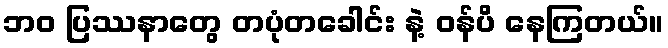
ဘဝ ပြဿနာတွေ တပုံတခေါင်း နဲ့ ဝန်ပိ နေကြတယ်။